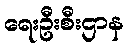
ရေးဦးစီးဌာန